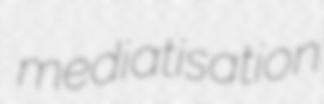
mediatisation